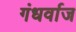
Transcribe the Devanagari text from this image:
गंधर्वाज